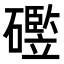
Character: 𪿻